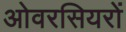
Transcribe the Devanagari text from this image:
ओवरसियरों